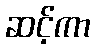
ဆင့်ကာ